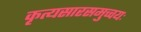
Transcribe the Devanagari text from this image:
कृत्यसारसमुच्चयः